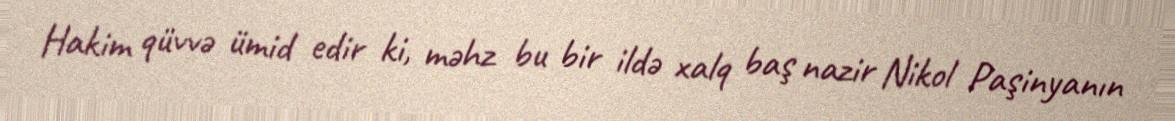
Hakim qüvvə ümid edir ki, məhz bu bir ildə xalq baş nazir Nikol Paşinyanın